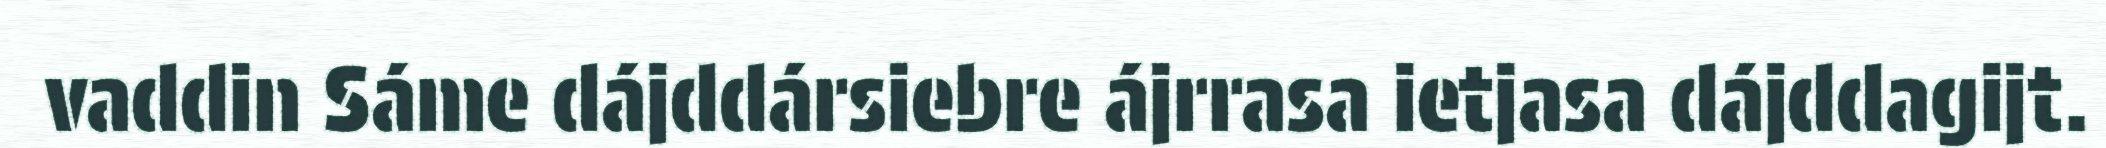
vaddin Sáme dájddársiebre ájrrasa ietjasa dájddagijt.